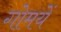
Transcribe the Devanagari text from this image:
गोमयें